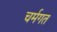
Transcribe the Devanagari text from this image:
चर्मगत